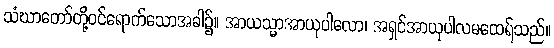
သံဃာတော်တို့ဝင်ရောက်သောအခါ၌။ အာယသ္မာအာယုပါလော၊ အရှင်အာယုပါလမထေရ်သည်။